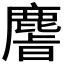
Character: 𫜎